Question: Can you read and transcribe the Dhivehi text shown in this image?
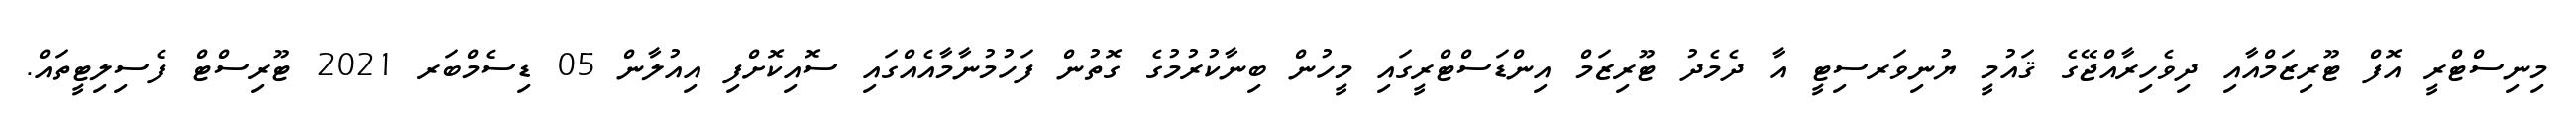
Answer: މިނިސްޓްރީ އޮފް ޓޫރިޒަމްއާއި ދިވެހިރާއްޖޭގެ ޤައުމީ ޔުނިވަރސިޓީ އާ ދެމެދު ޓޫރިޒަމް އިންޑަސްޓްރީގައި މީހުން ބިނާކުރުމުގެ ގޮތުން ފަހުމުނާމާއެއްގައި ސޮއިކޮށްފި އިއުލާން 05 ޑިސެމްބަރ 2021 ޓޫރިސްޓް ފެސިލިޓީތައް.